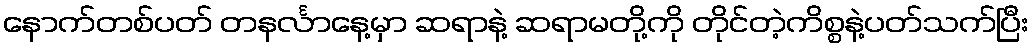
နောက်တစ်ပတ် တနင်္လာနေ့မှာ ဆရာနဲ့ ဆရာမတို့ကို တိုင်တဲ့ကိစ္စနဲ့ပတ်သက်ပြီး